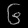
Digit: ၆